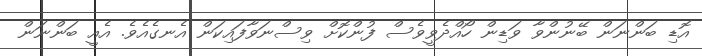
އޮޑި ބަންނަން ބޭނުންވާ ވަޑިން ހޯއްދެވީވެސް ފުންކޮށް ވިސްނަވާފައިކަން އެނގެއެވެ. އެއީ ބަންނަން